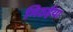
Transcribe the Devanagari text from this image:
मिठईया